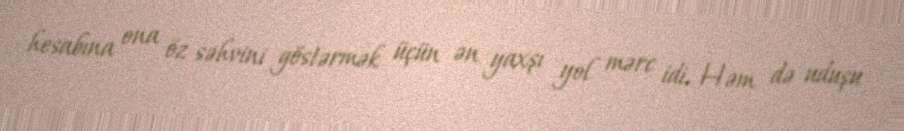
hesabına ona öz səhvini göstərmək üçün ən yaxşı yol mərc idi. Həm də uduşu